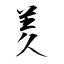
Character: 羑